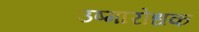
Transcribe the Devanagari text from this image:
उष्मारोधक